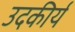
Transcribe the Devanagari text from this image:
उदकीर्य